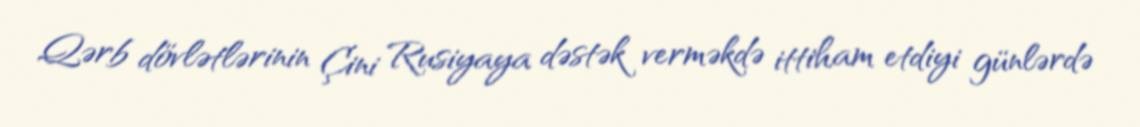
Qərb dövlətlərinin Çini Rusiyaya dəstək verməkdə ittiham etdiyi günlərdə